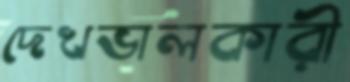
দেখভালকারী